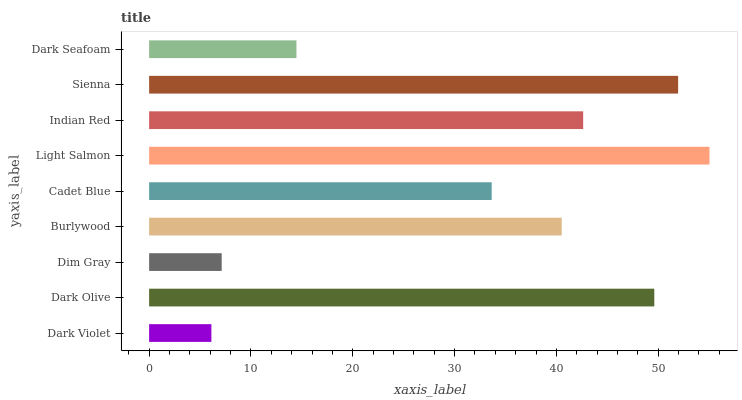
| yaxis_label | bars |
 | --- | --- |
 | Dark Violet | 6.12 |
 | Dark Olive | 49.6 |
 | Dim Gray | 7.13 |
 | Burlywood | 40.5 |
 | Cadet Blue | 33.6 |
 | Light Salmon | 55 |
 | Indian Red | 42.6 |
 | Sienna | 52 |
 | Dark Seafoam | 14.5 |